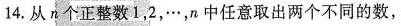
14.从n个正整数1，2，…，n中任意取出两个不同的数，